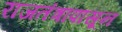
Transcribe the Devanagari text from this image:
राजतंत्रापासून